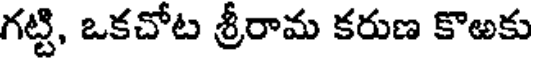
గట్టి, ఒకచోట శ్రీరామ కరుణ కొఱకు